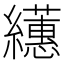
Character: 𦇠